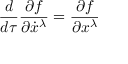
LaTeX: { \frac { d } { d \tau } } { \frac { \partial f } { \partial { \dot { x } } ^ { \lambda } } } = { \frac { \partial f } { \partial x ^ { \lambda } } }